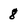
Character: 8